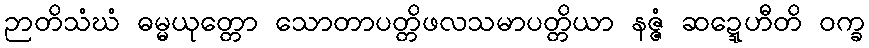
ဉာတိသံဃံ ဓမ္မယုတ္တော သောတာပတ္တိဖလသမာပတ္တိယာ နဇ္ဇံ ဆဍ္ဍေဟီတိ ဝက္ခ